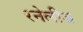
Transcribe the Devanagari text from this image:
रनेलीज